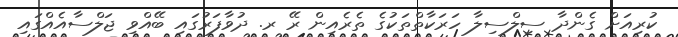
ކުރިއަށް ގެންދާ ސިލްސިލާ ހަރަކާތްތަކުގެ ތެރެއިން ރޭ ރ. ދުވާފަރުގައި ބޭއްވި ޖަލްސާއެއްގައި